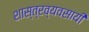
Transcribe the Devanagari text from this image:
शास्त्रव्यवसायी